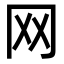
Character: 网